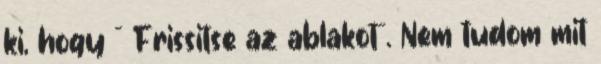
ki, hogy ˝ Frissitse az ablakot˝. Nem tudom mit